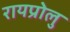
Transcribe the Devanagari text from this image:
रायप्रोलु